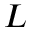
L